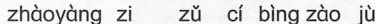
zhàoyàng zi zǔ cí bìng zào jù